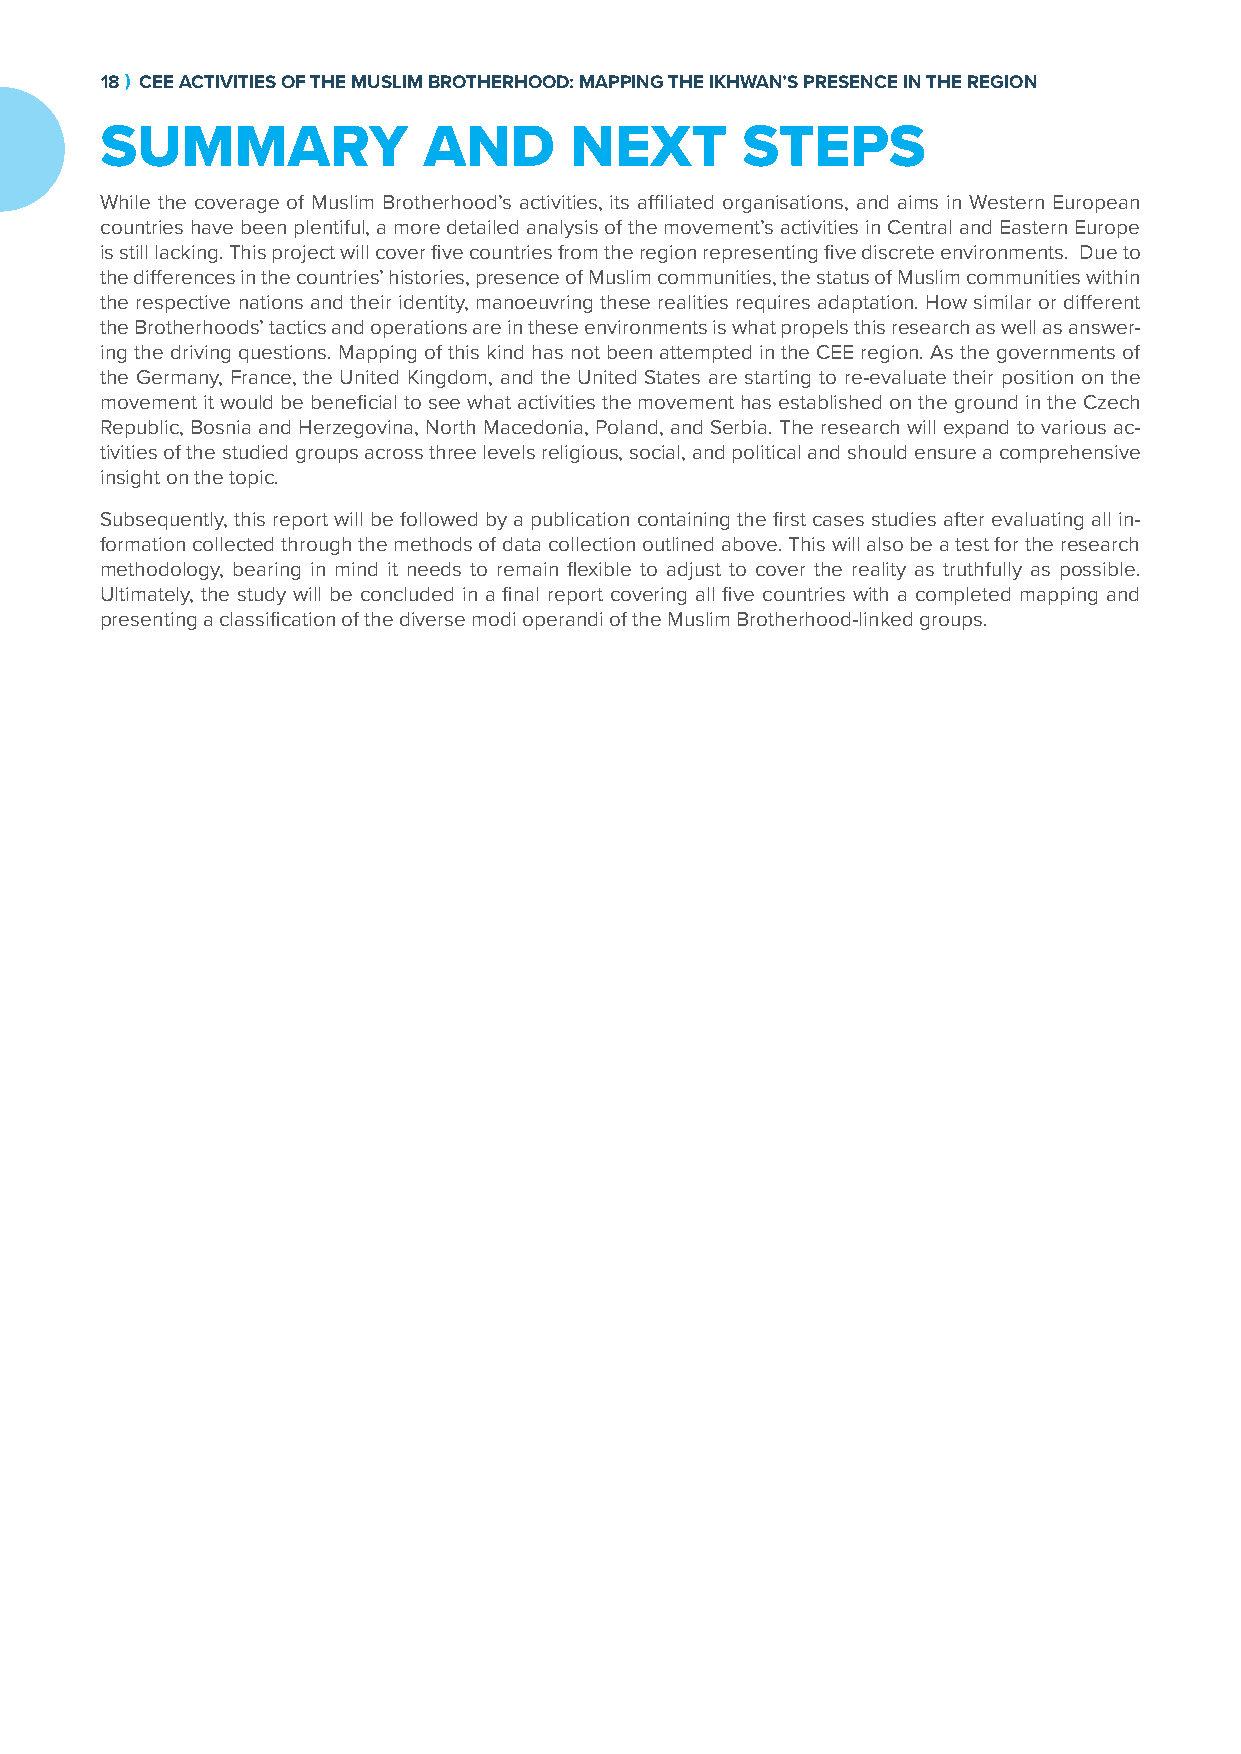
18 ) CEE ACTIVITIES OF THE MUSLIM BROTHERHOOD: MAPPING THE IKHWAN’S PRESENCE IN THE REGION
 SUMMARY              AND       NEXT       STEPS
 While the coverage of Muslim Brotherhood’s activities, its affiliated organisations, and aims in Western European
 countries have been plentiful, a more detailed analysis of the movement’s activities in Central and Eastern Europe
 is still lacking. This project will cover five countries from the region representing five discrete environments. Due to
 the differences in the countries’ histories, presence of Muslim communities, the status of Muslim communities within
 the respective nations and their identity, manoeuvring these realities requires adaptation. How similar or different
 the Brotherhoods’ tactics and operations are in these environments is what propels this research as well as answer-
 ing the driving questions. Mapping of this kind has not been attempted in the CEE region. As the governments of
 the Germany, France, the United Kingdom, and the United States are starting to re-evaluate their position on the
 movement it would be beneficial to see what activities the movement has established on the ground in the Czech
 Republic, Bosnia and Herzegovina, North Macedonia, Poland, and Serbia. The research will expand to various ac-
 tivities of the studied groups across three levels religious, social, and political and should ensure a comprehensive
 insight on the topic.
 Subsequently, this report will be followed by a publication containing the first cases studies after evaluating all in-
 formation collected through the methods of data collection outlined above. This will also be a test for the research
 methodology, bearing in mind it needs to remain flexible to adjust to cover the reality as truthfully as possible.
 Ultimately, the study will be concluded in a final report covering all five countries with a completed mapping and
 presenting a classification of the diverse modi operandi of the Muslim Brotherhood-linked groups.